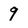
Character: 9